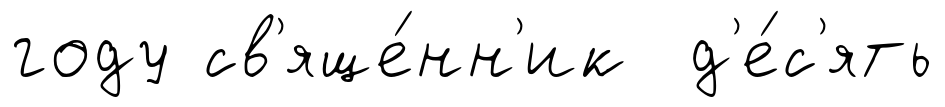
году св'яще́нн'ик д'е́с'ять